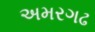
અમરગઢ